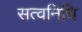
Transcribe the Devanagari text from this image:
सत्वनिधि